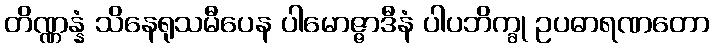
တိဏ္ဏန္နံ သိနေရုသမီပေန ပါမောဇ္ဇာဒီနံ ပါပဘိက္ခု ဥပဓာရဏတော